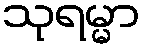
သုရမ္မာ